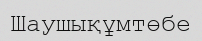
Шаушықұмтөбе